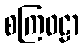
စကြဝဠာ